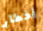
أخطار